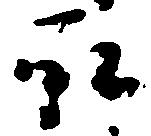
取